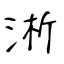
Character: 淅